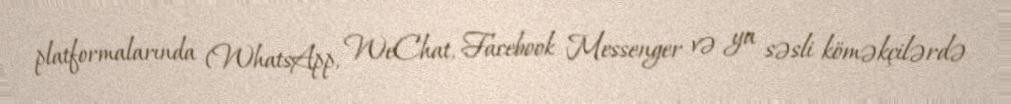
platformalarında (WhatsApp, WeChat, Facebook Messenger və ya səsli köməkçilərdə